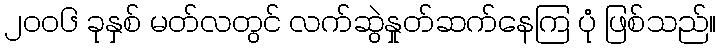
၂၀၀၆ ခုနှစ် မတ်လတွင် လက်ဆွဲနှုတ်ဆက်နေကြ ပုံ ဖြစ်သည်။